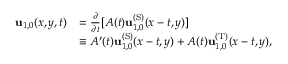
\begin{array} { r l } { \mathbf { u } _ { 1 , 0 } ( x , y , t ) } & { = \frac { \partial } { \partial t } [ A ( t ) \mathbf { u } _ { 1 , 0 } ^ { \mathrm { ( S ) } } ( x - t , y ) ] } \\ & { \equiv A ^ { \prime } ( t ) \mathbf { u } _ { 1 , 0 } ^ { \mathrm { ( S ) } } ( x - t , y ) + A ( t ) \mathbf { u } _ { 1 , 0 } ^ { \mathrm { ( T ) } } ( x - t , y ) , } \end{array}